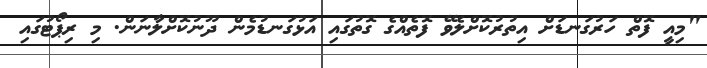
"މިއީ ފޮތް ހަރުގަނޑަށް އިތުރުކޮށްލެވޭ ފޮތެއްގެ ގޮތުގައި އަޅުގަނޑުމެން ދޫނުކޮށްލާނަން. މި ރިޕޯޓުގައި